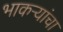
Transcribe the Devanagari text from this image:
भाकऱ्यांचा